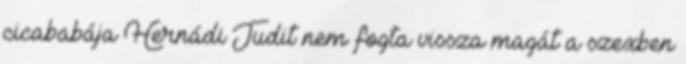
cicababája Hernádi Judit nem fogta vissza magát a szexben